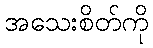
အသေးစိတ်ကို